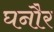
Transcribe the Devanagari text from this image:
घनौर